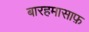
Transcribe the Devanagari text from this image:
बारहमासाफ़